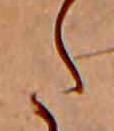
た